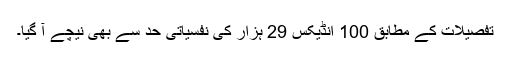
تفصیلات کے مطابق 100 انڈیکس 29 ہزار کی نفسیاتی حد سے بھی نیچے آ گیا۔